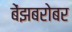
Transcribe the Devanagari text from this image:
बेंझबरोबर